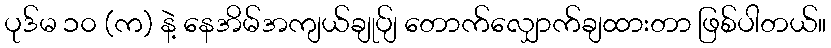
ပုဒ်မ ၁၀ (က) နဲ့ နေအိမ်အကျယ်ချုပ်ျ တောက်လျှောက်ချထားတာ ဖြစ်ပါတယ်။